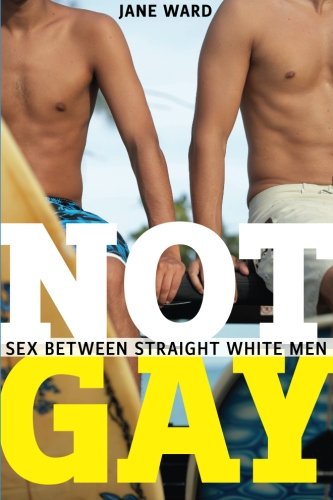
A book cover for Not Gay: Sex between Straight White Men (Sexual Cultures); Jane Ward; Gay & Lesbian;